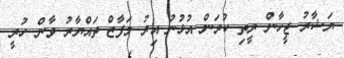
ޔަޝާރު ޖީހާން ރީތި ކުރަން އުޅުނު އިރު މަފާޒް ތައްޔާރު ވާން ހުރީ